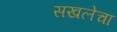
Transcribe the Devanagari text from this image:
सखलेचा